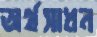
অর্থসাধন